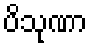
ပိသုဏာ